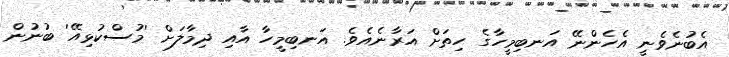
އެބުނެވެނީ އެހެންނޭ އަނބިމީހާގެ ހިތަށް އަރާނެއެވެ. އަނބިމީހާ އާއި ދިމާލަށް 'މުސްކުޅިއޭ' ބުނުން